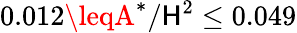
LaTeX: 0.012\leqA^{*}/\mathsf{H}^{2}\leq0.049